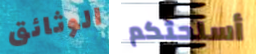
الوثائق أسلحتكم